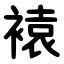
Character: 褤